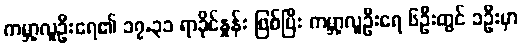
ကမ္ဘာ့လူဦးရေ၏ ၁၇.၃၁ ရာခိုင်နှုန်း ဖြစ်ပြီး ကမ္ဘာ့လူဦးရေ ၆ဦးတွင် ၁ဦးမှာ